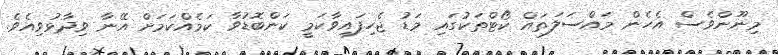
މިނޫންވެސް އެހެން މައްސަލަތައް ކޯޓްތަކުގައި މަޑު ޖެހިފައިވާކަމީ ކަންބޮޑުވާ ކަމެެއްކަމަށް އޭނާ ވިދާޅުވިއެވެ.